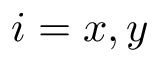
i = x , y